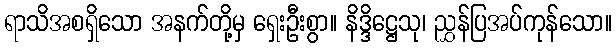
ရာသိအစရှိသော အနက်တို့မှ ရှေးဦးစွာ။ နိဒ္ဒိဋ္ဌေသု၊ ညွှန်ပြအပ်ကုန်သော။